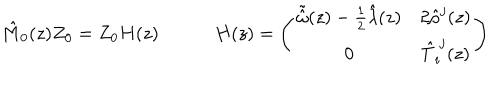
\begin{array} { c c } { { \hat { M } _ { 0 } ( z ) Z _ { 0 } = Z _ { 0 } H ( z ) ~ } } & { { ~ H ( z ) = \left( \begin{array} { c c } { { \tilde { \hat { \omega } } ( z ) - \frac { 1 } { 2 } \hat { \lambda } ( z ) } } & { { 2 \hat { \rho } ^ { j } ( z ) } } \\ { { 0 } } & { { \hat { T } _ { i } ^ { ~ j } ( z ) } } \\ \end{array} \right) } } \\ \end{array}